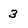
Character: 3